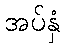
အပ်နှံ